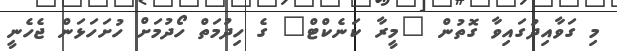
މި ގަވާއިދުގައިވާ ގޮތުން "މީރާ ކަނެކްޓް" ގެ ހިދުމަތް ހޯދުމަށް ހުށަހަޅަން ޖެހެނީ